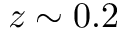
z \sim 0 . 2